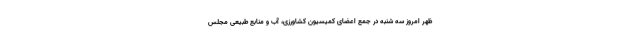
ظهر امروز سه شنبه در جمع اعضای کمیسیون کشاورزی، آب و منابع طبیعی مجلس